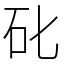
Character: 䂗